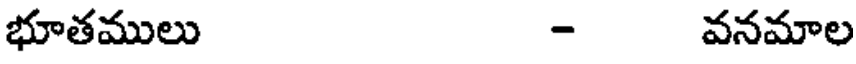
భూతములు - వనమాల